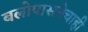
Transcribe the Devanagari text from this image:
बलोपासनेचाही